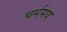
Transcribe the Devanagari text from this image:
चर्ममय